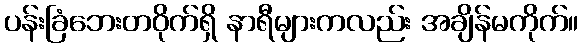
ပန်းခြံဘေးတဝိုက်ရှိ နာရီများကလည်း အချိန်မကိုက်။